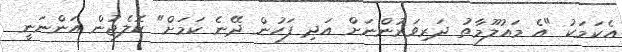
އެކަމަކު "އެ މައުލޫމާތު ދަރިވަރުންނަށް އަދި ފަހުން ދޭނެ ކަމަށް" ކޮލެޖުން އަންނަނީ